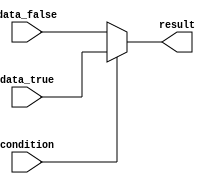
module conditional_behavior (
    input wire condition,
    input wire data_true,
    input wire data_false,
    output reg result
);

always @(*)
begin
    // Using ternary operator to implement if-else statement
    result = condition ? data_true : data_false;
end

endmodule